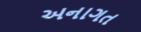
અનાગત